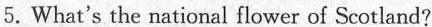
5.What'sthe national flower of Scotland?